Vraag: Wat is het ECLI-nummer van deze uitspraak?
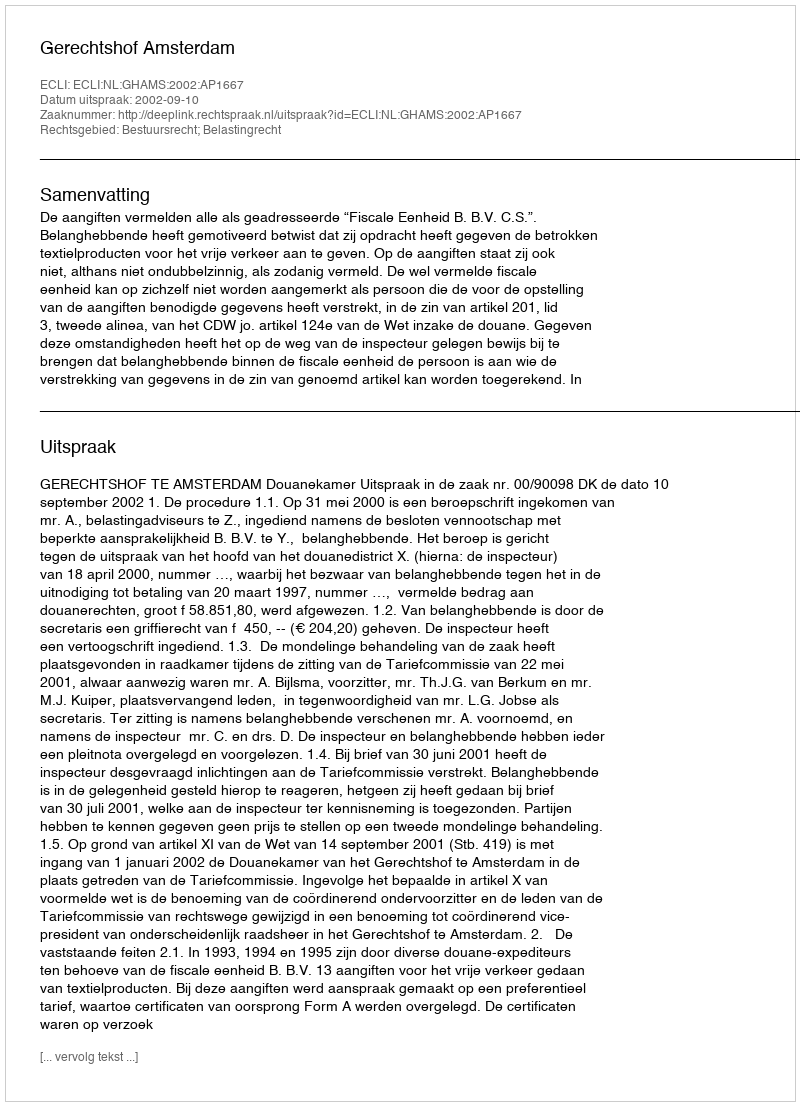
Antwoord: ECLI:NL:GHAMS:2002:AP1667